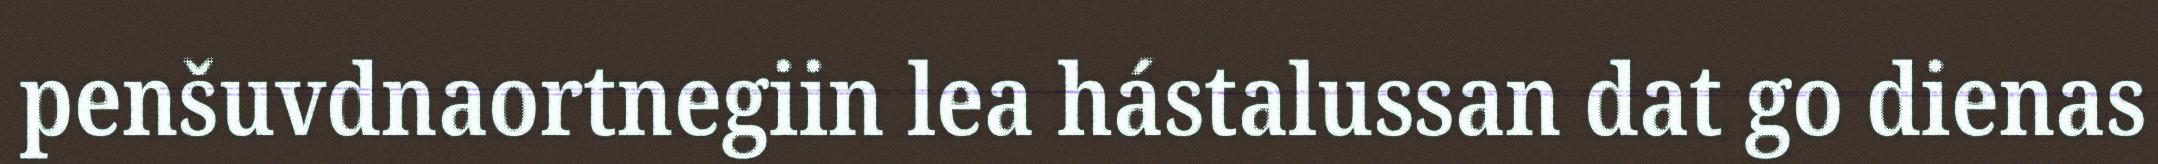
penšuvdnaortnegiin lea hástalussan dat go dienas